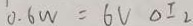
0 . 6 W = 6 V \Delta I _ { 2 }